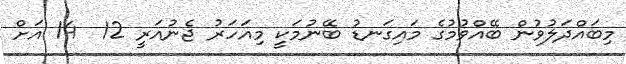
މިބައްދަލުވުން ބޭއްވުމުގެ މައިގަނޑު ބޭނުމަކީ މިއަހަރު ޖެނުއަރީ 12  14 އަށް